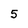
Character: 5